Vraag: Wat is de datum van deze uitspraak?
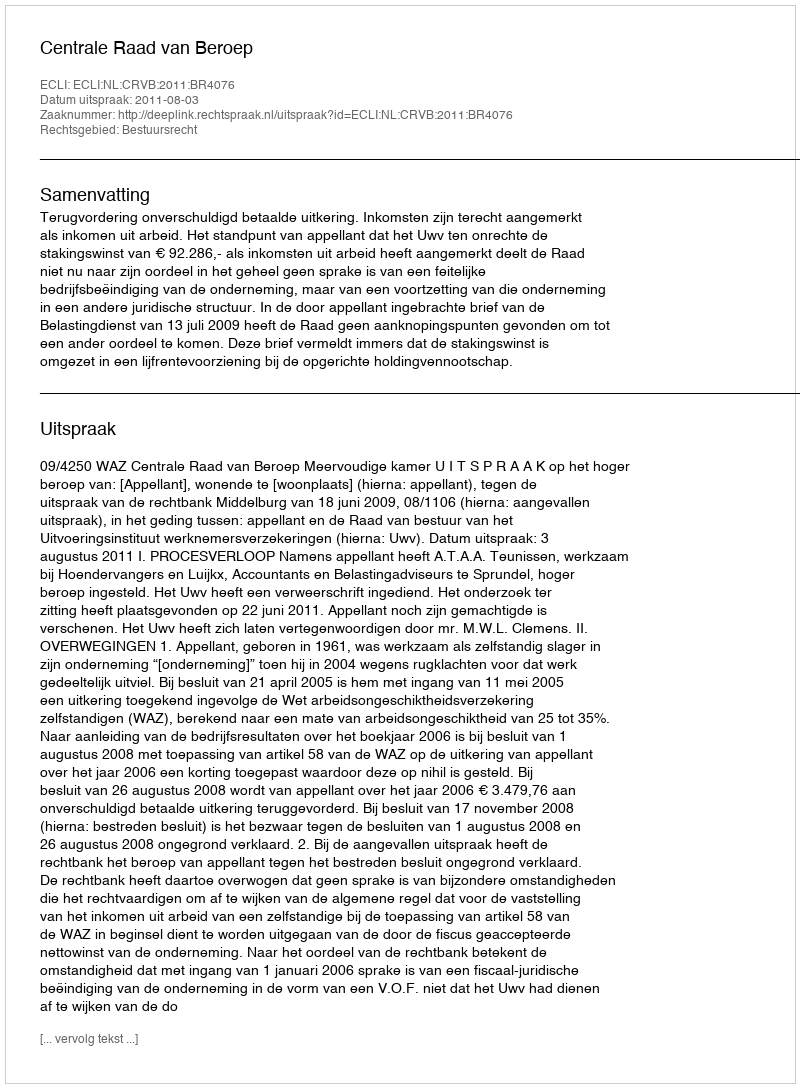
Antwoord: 2011-08-03